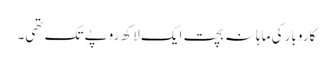
کاروبار کی ماہانہ بچت ایک لاکھ روپے تک تھی۔